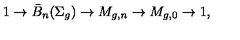
1 \to \bar { B } _ { n } ( \Sigma _ { g } ) \to M _ { g , n } \to M _ { g , 0 } \to 1 ,